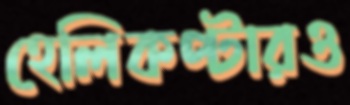
হেলিকপ্টারও